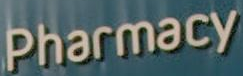
Pharmacy